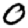
Digit: 0